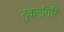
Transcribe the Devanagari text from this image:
तुकनगिरि